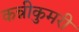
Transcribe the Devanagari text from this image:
कन्नीकुमरी